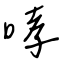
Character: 哮